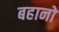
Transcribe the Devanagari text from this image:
बहानो